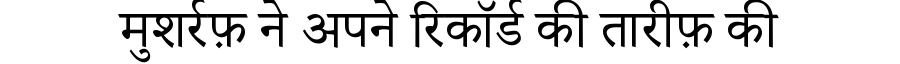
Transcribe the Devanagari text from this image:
मुशर्रफ़ ने अपने रिकॉर्ड की तारीफ़ की